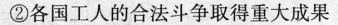
②各国工人的合法斗争取得重大成果